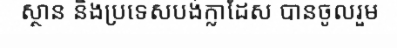
ស្ថាន និងប្រទេសបង់ក្លាដែស បានចូលរួម